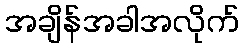
အချိန်အခါအလိုက်